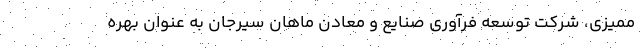
ممیزی، شرکت توسعه فرآوری صنایع و معادن ماهان سیرجان به عنوان بهره‌